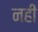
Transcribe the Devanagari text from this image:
नहीं